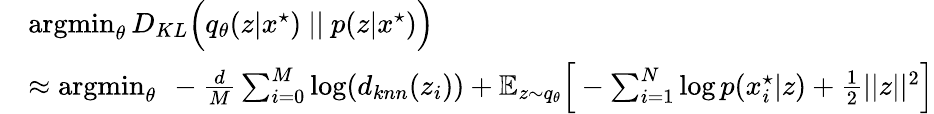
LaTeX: \begin{array}{rl}{}&{\operatorname*{argmin}_{\theta}D_{KL}\Big(q_{\theta}(z|x^{\star})\ ||\ p(z|x^{\star})\Big)}\\ &{\approx\operatorname*{argmin}_{\theta}\ -\frac{d}{M}\sum_{i=0}^{M}\log(d_{knn}(z_{i}))+\mathbb{E}_{z\sim q_{\theta}}\Big[-\sum_{i=1}^{N}\log p(x_{i}^{\star}|z)+\frac{1}{2}||z||^{2}\Big]}\end{array}